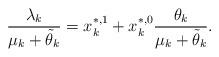
LaTeX: \begin{align*} \frac{\lambda_k}{\mu_k +\tilde\theta_k} = x_k^{*,1} +x_k ^{*,0} \frac{\theta_k}{\mu_k +\tilde\theta_k}.\end{align*}